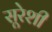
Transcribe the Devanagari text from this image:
सूरेशी